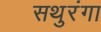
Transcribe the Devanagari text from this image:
सथुरंगा